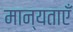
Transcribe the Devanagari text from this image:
मान्‍यताएँ